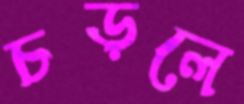
চড়লে